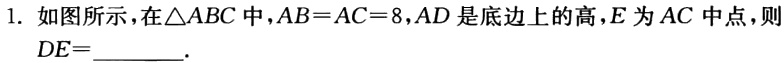
1. 如图所示，在\(\triangle ABC\)中，\(AB = AC = 8\)，\(AD\)是底边上的高，\(E\)为\(AC\)中点，则\(DE=\underline{\quad\quad}\).